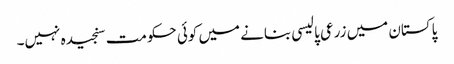
پاکستان میں زرعی پالیسی بنانے میں کوئی حکومت سنجیدہ نہیں۔